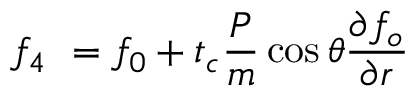
f _ { 4 } \ = f _ { 0 } + t _ { c } \frac { P } { m } \cos \theta \frac { \partial f _ { o } } { \partial r }